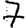
Digit: 7